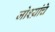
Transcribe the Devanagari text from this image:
जोश्य़ांचे